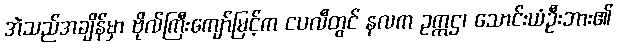
အဲသည်အချိန်မှာ ဗိုလ်ကြီးကျော်မြင့်က ငပလီတွင် နလက ဥက္ကဌ၊ သောင်းယံဦးဘား၏